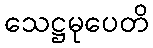
သေဋ္ဌမုပေတိ